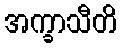
အက္ခာသီတိ